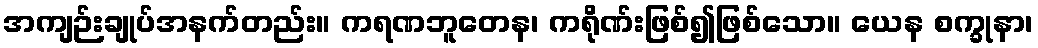
အကျဉ်းချုပ်အနက်တည်း။ ကရဏဘူတေန၊ ကရိုဏ်းဖြစ်၍ဖြစ်သော။ ယေန စက္ခုနာ၊